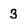
Character: 3